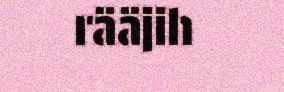
rääjih